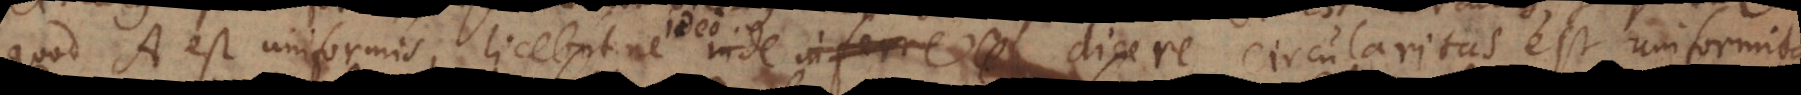
quod A est uniformis, licebitne inde inferre dicere Circularitas est uniformitas?